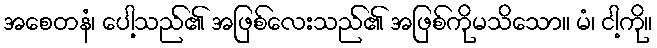
အစေတနံ၊ ပေါ့သည်၏ အဖြစ်လေးသည်၏ အဖြစ်ကိုမသိသော။ မံ၊ ငါ့ကို။